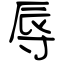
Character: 辱